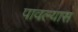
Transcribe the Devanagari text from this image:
पावल्यास